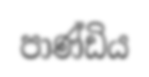
පාණ්ඩිය